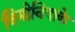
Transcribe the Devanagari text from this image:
निमोनियाके